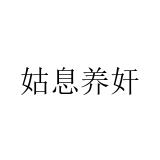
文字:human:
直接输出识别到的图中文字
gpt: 姑息养奸